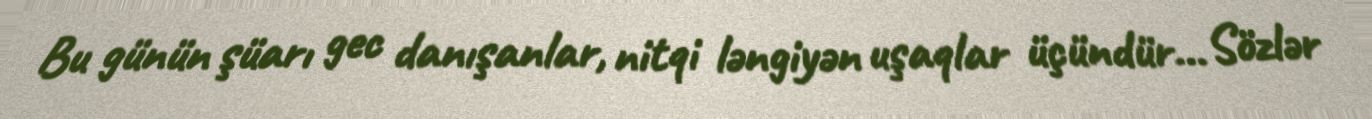
Bu günün şüarı gec danışanlar, nitqi ləngiyən uşaqlar üçündür... Sözlər